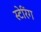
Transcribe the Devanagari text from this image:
स्टेरिंग